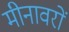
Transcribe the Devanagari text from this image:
मीनावरों